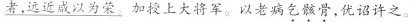
\underline{者，远近成以为荣。}加授上大将军，以老病乞骸骨，优诏许之。